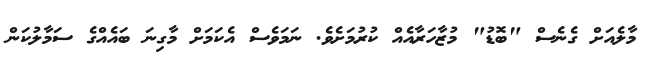
މާލެއަށް ގެނެސް "ބޮޑު" މުޒާހަރާއެއް ކުރުމަށެވެ. ނަމަވެސް އެކަމަށް މާގިނަ ބައެއްގެ ސަމާލުކަން